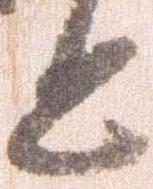
と